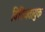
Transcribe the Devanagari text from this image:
विविधतायुक्त